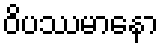
ဝိပဿမာနော